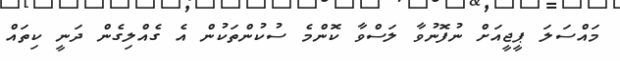
މައްސަލަ ޕީޖީއަށް ނުފޮނުވާ ލަސްވާ ކޮންމެ ސުކުންތަކުން އެ ގެއްލިގެން ދަނީ ކިތައް